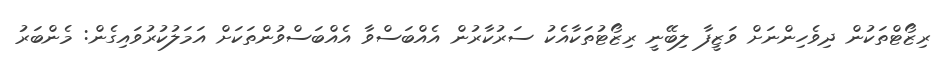
ރިޒޯޓްތަކުން ދިވެހިންނަށް ވަޒީފާ ލިބޭނީ ރިޒޯޓުތަކާއެކު ސަރުކާރުން އެއްބަސްވާ އެއްބަސްވުންތަކަށް އަމަލުކުރުވައިގެން: މެންބަރު